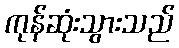
ကုန်ဆုံးသွားသည်